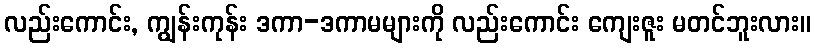
လည်းကောင်း, ကျွန်းကုန်း ဒကာ-ဒကာမများကို လည်းကောင်း ကျေးဇူး မတင်ဘူးလား။